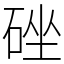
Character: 䂳